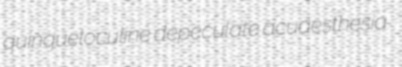
quinqueloculine depeculate acuaesthesia